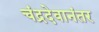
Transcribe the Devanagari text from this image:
चंद्रदेवानंतर